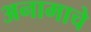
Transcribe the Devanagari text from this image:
अनामाचे